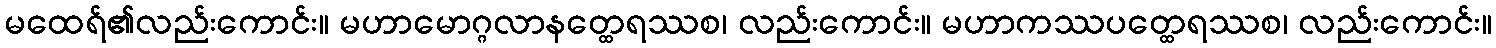
မထေရ်၏လည်းကောင်း။ မဟာမောဂ္ဂလာနတ္ထေရဿစ၊ လည်းကောင်း။ မဟာကဿပတ္ထေရဿစ၊ လည်းကောင်း။